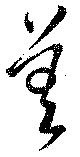
差